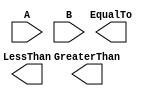
`timescale 1ns / 1ps
//////////////////////////////////////////////////////////////////////////////////
// Company: 
// Engineer: 
// 
// Design Name: 
// Module Name: comparator3
// Project Name: 
// Target Devices: 
// Tool Versions: 
// Description: 
// 
// Dependencies: 
// 
// Revision:
// Revision 0.01 - File Created
// Additional Comments:
// 
//////////////////////////////////////////////////////////////////////////////////


module comparator3(A, B, GreaterThan, EqualTo, LessThan);
    input [2:0] A, B;
    output GreaterThan, EqualTo, LessThan;
    
    
    
endmodule